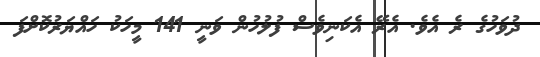
ދުވަހުގެ ރެ އެވެ. އެރޭ އެކަނިވެސް ފުލުހުން ވަނީ 141 މީހަކު ހައްޔަރުކޮށްފަ